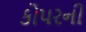
કોપરની